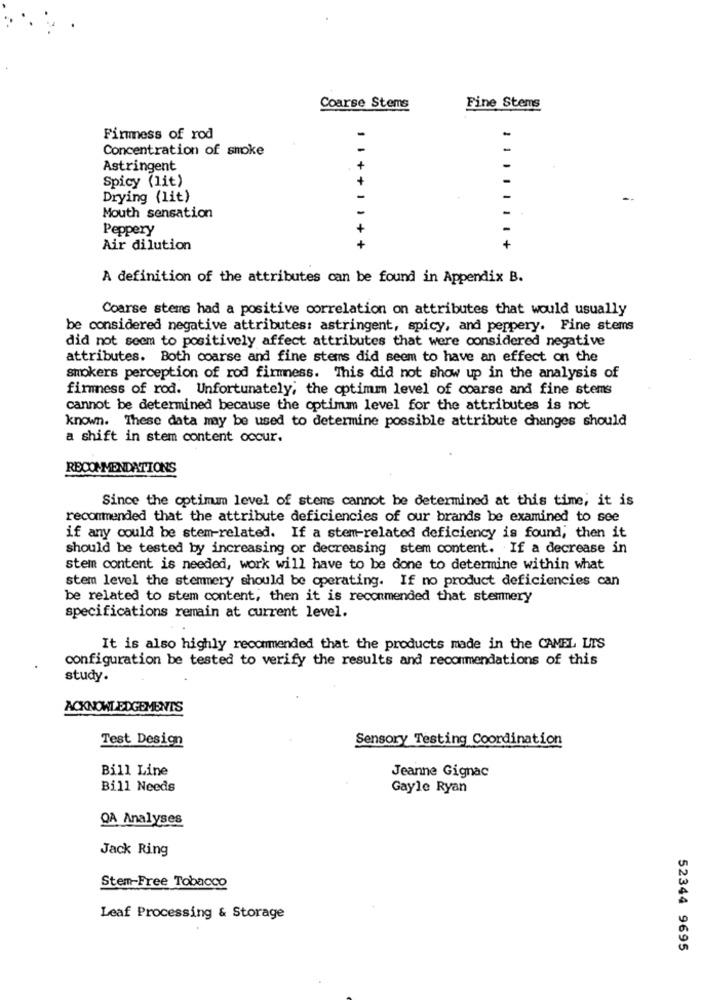
Coarse Stems
Fine Stems
Firmness of rod
Concentration of smoke
Astringent
Spicy (lit)
Drying (lit)
Mouth sensation
Peppery
Air dilution
11++11++
111111.+
A definition of the attributes can be found in Appendix B.
Coarse stems had a positive correlation on attributes that would usually
be considered negative attributes: astringent, spicy, and peppery. Fine stems
did not seem to positively affect attributes that were considered negative
attributes. Both coarse and fine stems did seem to have an effect on the
smokers perception of rod firmness. This did not show up in the analysis of
firmness of rod. Unfortunately, the optimm level of coarse and fine stems
cannot be determined because the optimum level for the attributes is not
known. These data may be used to determine possible attribute changes should
a shift in stem content occur.
RECOMMENDATIONS
Since the optimum level of stems cannot be determined at this time, it is
recommended that the attribute deficiencies of our brands be examined to see
if any could be stem-related. If a stem-related deficiency is found, then it
should be tested by increasing or decreasing stem content. If a decrease in
stem content is needed, work will have to be done to determine within what
stem level the stemmery should be operating. If no product deficiencies can
be related to stem content, then it is recommended that stemmery
specifications remain at current level.
It is also highly recommended that the products made in the CAMEL LIS
configuration be tested to verify the results and recommendations of this
study.
ACKNOWLEDGEMENTS
Test Design
Sensory Testing Coordination
Bill Line
Jeanne Gignac
Bill Needs
Gayle Ryan
QA Analyses
Jack Ring
Stem-Free Tobacco
Leaf Processing & Storage
52344 9695